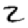
Digit: 2